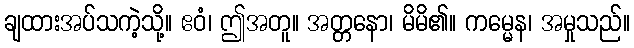
ချထားအပ်သကဲ့သို့။ ဧဝံ၊ ဤအတူ။ အတ္တနော၊ မိမိ၏။ ကမ္မေန၊ အမှုသည်။